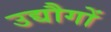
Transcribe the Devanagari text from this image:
उद्यौगों